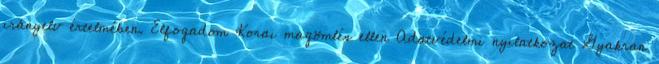
irányelv értelmében. Elfogadom Korai magömlés ellen Adatvédelmi nyilatkozat Gyakran